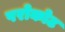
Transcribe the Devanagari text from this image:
परोकोट